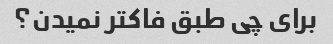
براى چى طبق فاکتر نمیدن؟